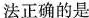
法正确的是